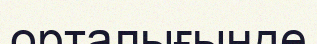
орталығынде